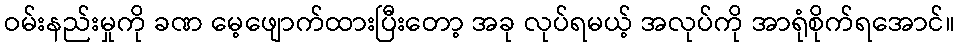
ဝမ်းနည်းမှုကို ခဏ မေ့ဖျောက်ထားပြီးတော့ အခု လုပ်ရမယ့် အလုပ်ကို အာရုံစိုက်ရအောင်။